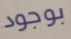
بوجود